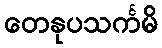
တေနုပသင်္ကမိ